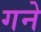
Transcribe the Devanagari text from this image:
गने